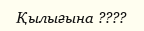
Қылығына ????